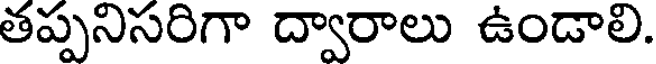
తప్పనిసరిగా ద్వారాలు ఉండాలి.